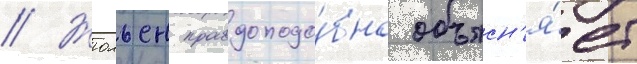
// Жюльен правдоподо́бно объясн'я́ет